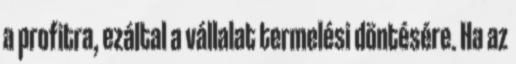
a profitra, ezáltal a vállalat termelési döntésére. Ha az